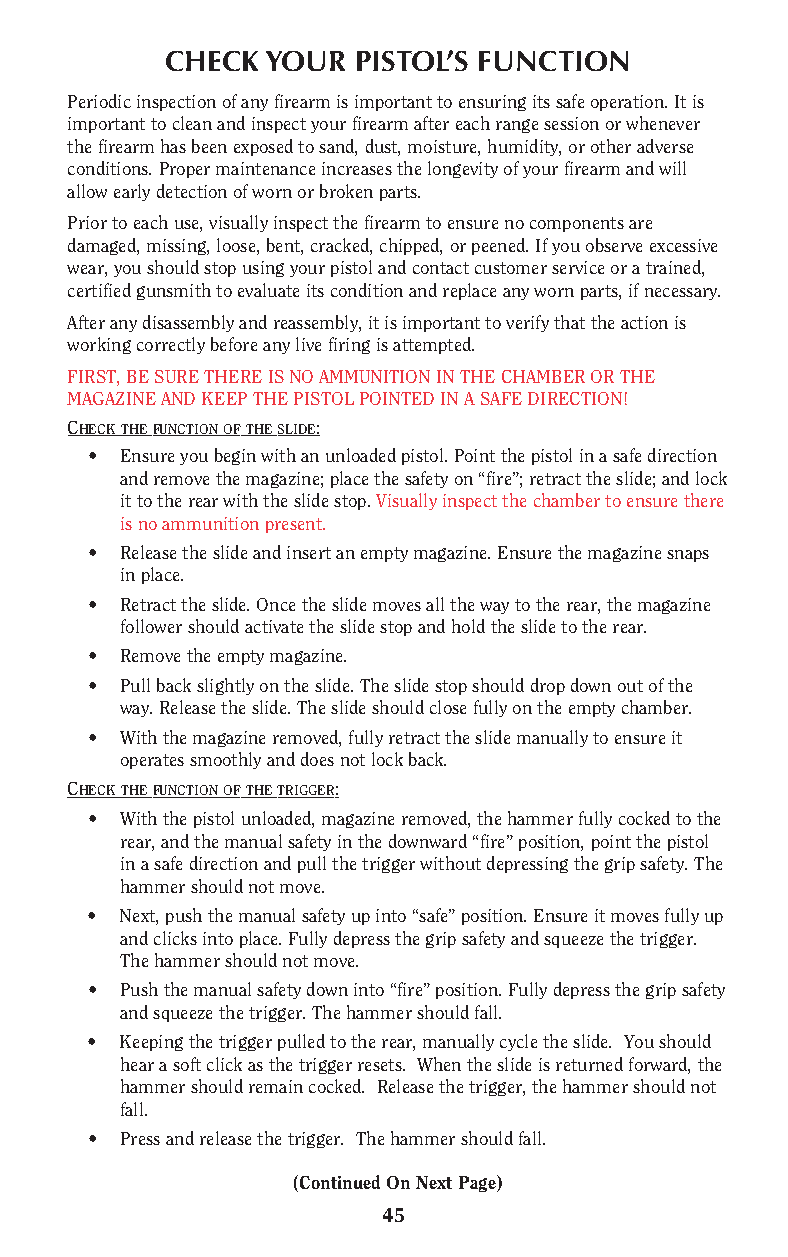
CHECK  YOUR PISTOL’S FUNCTION
 Periodic inspection of any firearm is important to ensuring its safe operation. It is
 important to clean and inspect your firearm after each range session or whenever
 the firearm has been exposed to sand, dust, moisture, humidity, or other adverse
 conditions. Proper maintenance increases the longevity of your firearm and will
 allow early detection of worn or broken parts.
 Prior to each use, visually inspect the firearm to ensure no components are
 damaged, missing, loose, bent, cracked, chipped, or peened. If you observe excessive
 wear, you should stop using your pistol and contact customer service or a trained,
 certified gunsmith to evaluate its condition and replace any worn parts, if necessary.
 After any disassembly and reassembly, it is important to verify that the action is
 working correctly before any live firing is attempted.
 FIRST, BE SURE THERE IS NO AMMUNITION IN THE CHAMBER OR THE
 MAGAZINE AND KEEP THE PISTOL POINTED IN A SAFE DIRECTION!
 CHECK THE FUNCTION OF THE SLIDE:
 • Ensure you begin with an unloaded pistol. Point the pistol in a safe direction
 and remove the magazine; place the safety on “fire”; retract the slide; and lock
 it to the rear with the slide stop. Visually inspect the chamber to ensure there
 is no ammunition present.
 • Release the slide and insert an empty magazine. Ensure the magazine snaps
 in place.
 • Retract the slide. Once the slide moves all the way to the rear, the magazine
 follower should activate the slide stop and hold the slide to the rear.
 • Remove the empty magazine.
 • Pull back slightly on the slide. The slide stop should drop down out of the
 way. Release the slide. The slide should close fully on the empty chamber.
 • With the magazine removed, fully retract the slide manually to ensure it
 operates smoothly and does not lock back.
 CHECK THE FUNCTION OF THE TRIGGER:
 • With the pistol unloaded, magazine removed, the hammer fully cocked to the
 rear, and the manual safety in the downward “fire” position, point the pistol
 in a safe direction and pull the trigger without depressing the grip safety. The
 hammer should not move.
 • Next, push the manual safety up into “safe” position. Ensure it moves fully up
 and clicks into place. Fully depress the grip safety and squeeze the trigger.
 The hammer should not move.
 • Push the manual safety down into “fire” position. Fully depress the grip safety
 and squeeze the trigger. The hammer should fall.
 • Keeping the trigger pulled to the rear, manually cycle the slide. You should
 hear a soft click as the trigger resets. When the slide is returned forward, the
 hammer should remain cocked. Release the trigger, the hammer should not
 fall.
 • Press and release the trigger. The hammer should fall.
 (Continued On Next Page)
 45